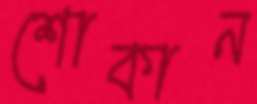
শোকান